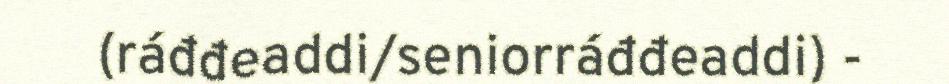
(ráđđeaddi/seniorráđđeaddi) -